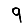
Digit: 9